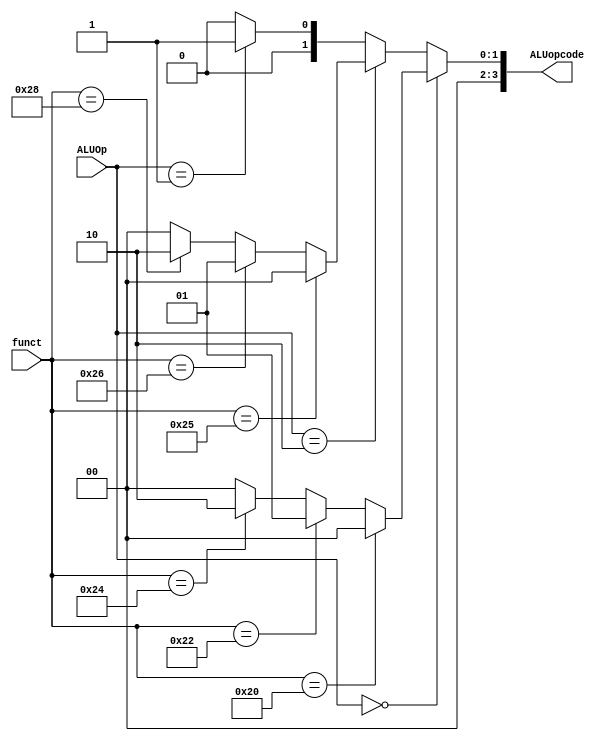
`timescale 1ns / 1ps
//////////////////////////////////////////////////////////////////////////////////
// Company: 
// Engineer: 
// 
// Design Name: 
// Module Name:    ALUControl 
// Project Name: 
// Target Devices: 
// Tool versions: 
// Description: 
//
// Dependencies: 
//
// Revision: 
// Revision 0.01 - File Created
// Additional Comments: 
//
//////////////////////////////////////////////////////////////////////////////////
module ALUControl(
input [1:0] ALUOp,
input [5:0] funct,
output reg [3:0] ALUopcode // goes into ALU (decides operation)
);

always@* begin
// R-TYPE
if(ALUOp == 2'b00) begin // R-Type
 if (funct == 6'b100000) begin // add
 ALUopcode <= 4'b0000;
 end
 else if (funct == 6'b100010) begin // sub
 ALUopcode <= 4'b0001;
 end
 else if (funct == 6'b100100) begin // mult
 ALUopcode <= 4'b0010;
 end
 else ALUopcode <= 4'b0000;
end 
// I-Type
else if(ALUOp == 2'b10) begin // I-Type
 if (funct == 6'b100101) begin // addi
 ALUopcode <= 4'b0000;
 end
 else if (funct == 6'b100110) begin // subi
 ALUopcode <= 4'b0001;
 end
 else if (funct == 6'b101000) begin // muli
 ALUopcode <= 4'b0010;
 end
 else begin // LW,SW
 ALUopcode <= 4'b0000; // add
 end
end
// Branch
else if(ALUOp == 2'b01) begin 
 ALUopcode <= 4'b0001;
end
else ALUopcode <= 4'b0000;
end
endmodule